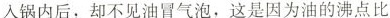
入锅内后，却不见油冒气泡，这是因为油的沸点比